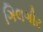
ગિલગીટ